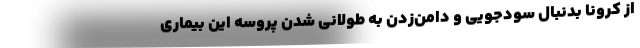
از کرونا بدنبال سودجویی و دامن‌زدن به طولانی شدن پروسه این بیماری